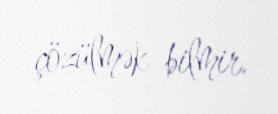
çözülmək bilmir.